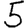
Digit: 5